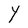
Character: Y